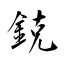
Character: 鋴